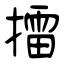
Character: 擂